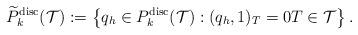
LaTeX: \begin{align*}\widetilde{P}_{k}^{\mathrm{disc}}(\mathcal{T}):=\left\{q_h\in {P}_{k}^{\mathrm{disc}}(\mathcal{T}): (q_h, 1)_T=0 T\in\mathcal{T}\right\}.\end{align*}